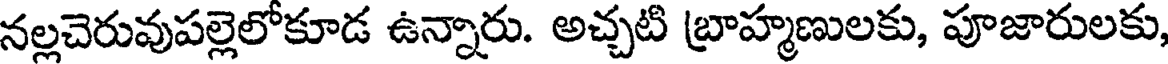
నల్లచెరువుపల్లెలోకూడ ఉన్నారు. అచ్చటి బ్రాహ్మణులకు, పూజారులకు,